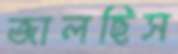
জালছিস